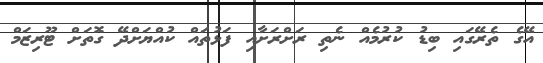
އޭގެ ތެރޭގައި ބިޑު ކުރުމެއް ނެތި ރަށްރަށާއި ފަޅުތައް ކުއްޔަށްދޭ ގޮތަށް ޓޫރިޒަމް